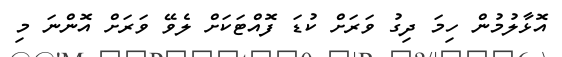
އޮޅާލުމުން ހިމަ ދިގު ވަރަށް ކުޑަ ފޮއްޓަކަށް ލެވޭ ވަރަށް އޮންނަ މި